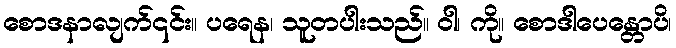
စောဒနာလျက်၎င်း။ ပရေန၊ သူတပါးသည်။ ဝါ၊ ကို။ စောဒါပေန္တောပိ၊